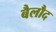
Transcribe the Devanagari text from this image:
बैलौद